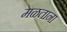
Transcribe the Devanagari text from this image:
मळताना